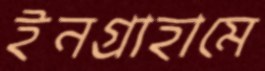
ইনগ্রাহামে